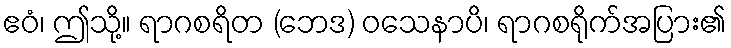
ဧဝံ၊ ဤသို့။ ရာဂစရိတ (ဘေဒ) ဝသေနာပိ၊ ရာဂစရိုက်အပြား၏